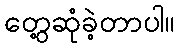
တွေ့ဆုံခဲ့တာပါ။